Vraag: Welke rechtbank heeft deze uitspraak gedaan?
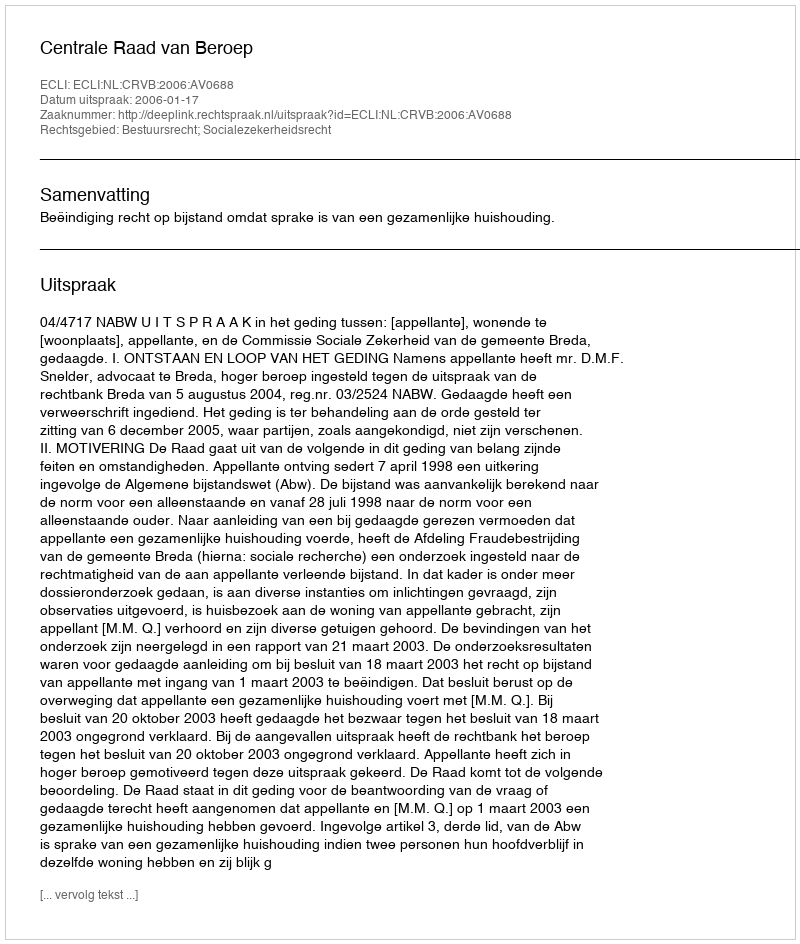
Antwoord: Centrale Raad van Beroep